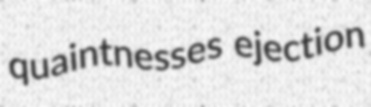
quaintnesses ejection